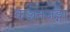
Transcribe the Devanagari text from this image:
कञ्चनजङ्गा